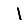
Digit: 1